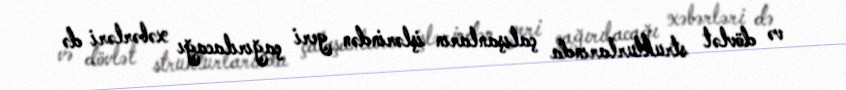
və dövlət strukturlarında çalışanların işlərindən geri çağırılacağı xəbərləri də